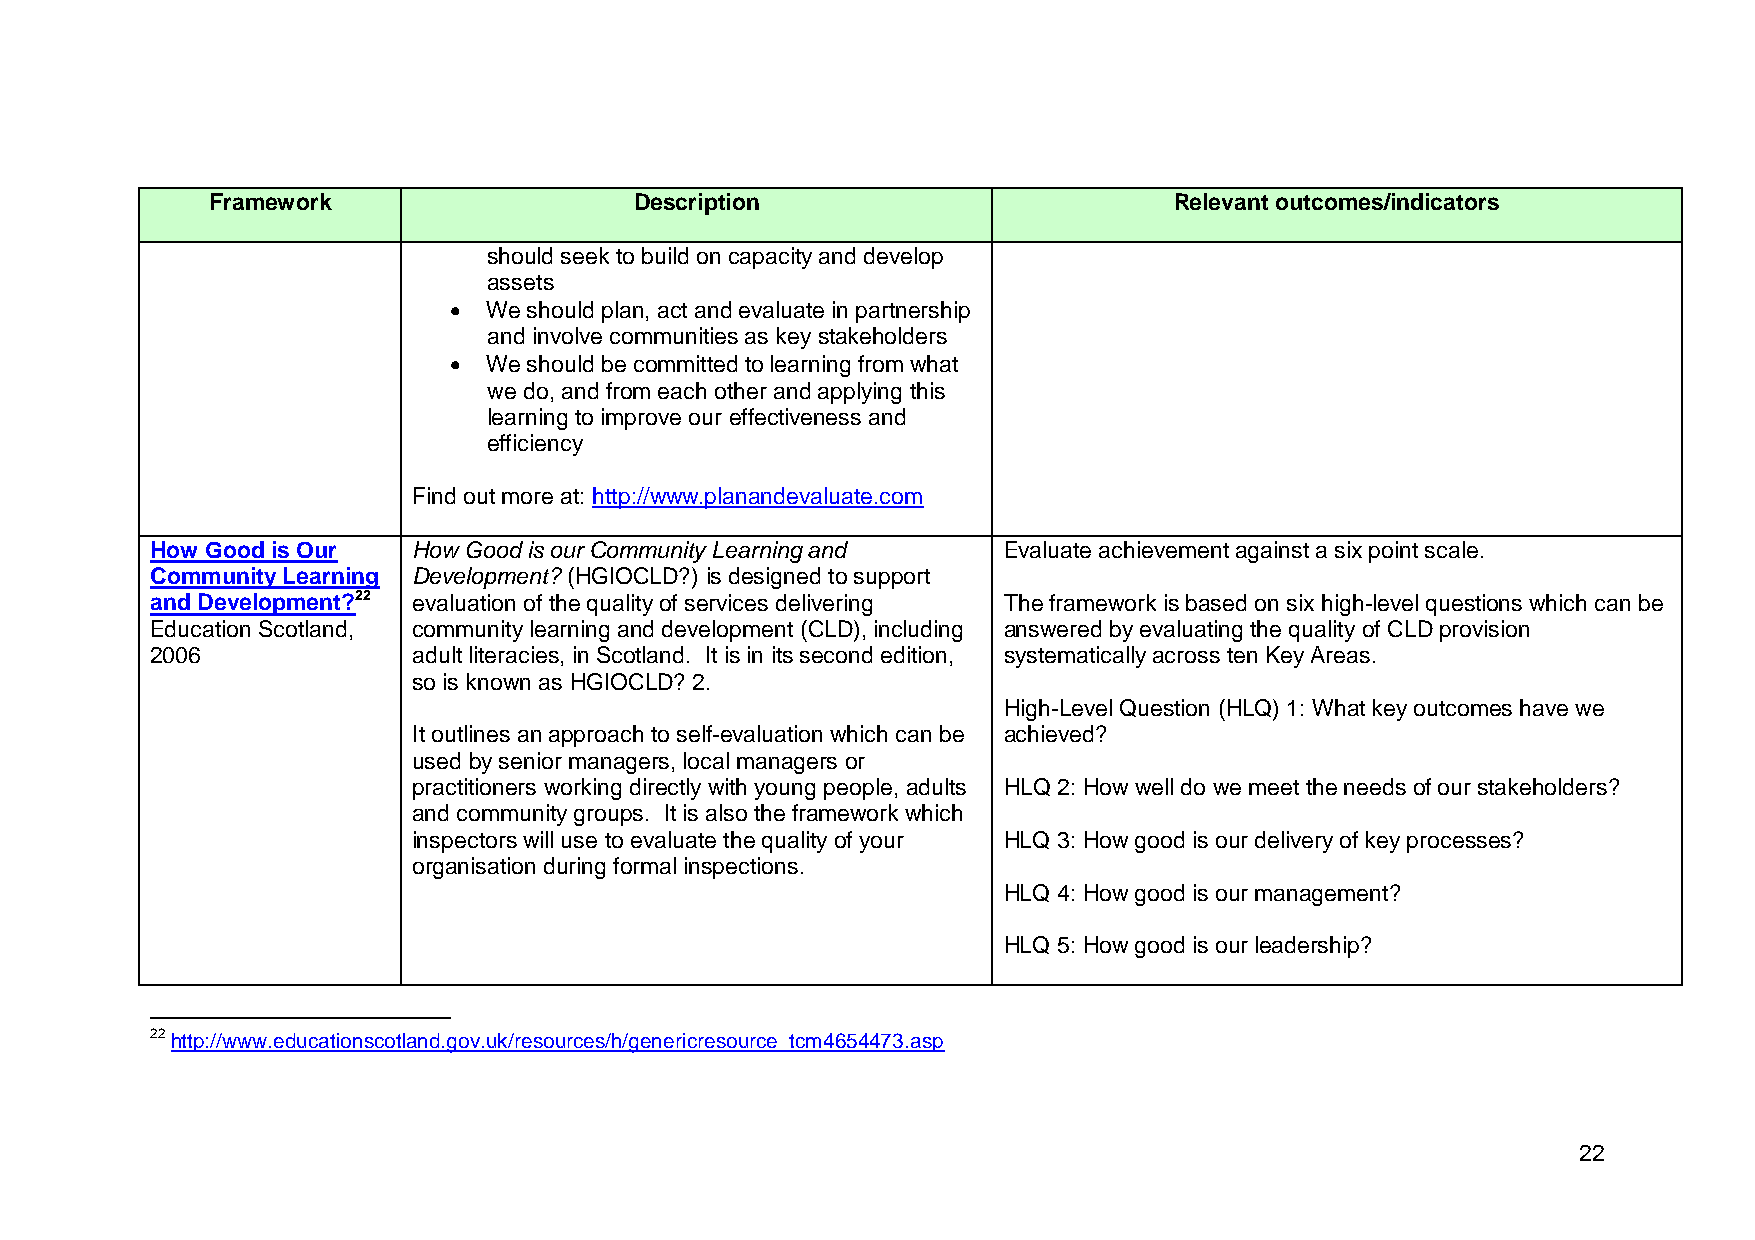
Framework                   Description                         Relevant outcomes/indicators
 should seek to build on capacity and develop
 assets
  We should plan, act and evaluate in partnership
 and involve communities as key stakeholders
  We should be committed to learning from what
 we do, and from each other and applying this
 learning to improve our effectiveness and
 efficiency
 Find out more at: http://www.planandevaluate.com
 How Good is Our  How Good is our Community Learning and Evaluate achievement against a six point scale.
 Community Learning Development? (HGIOCLD?) is designed to support
 and Development?22 evaluation of the quality of services delivering The framework is based on six high-level questions which can be
 Education Scotland, community learning and development (CLD), including answered by evaluating the quality of CLD provision
 2006             adult literacies, in Scotland. It is in its second edition, systematically across ten Key Areas.
 so is known as HGIOCLD? 2.
 High-Level Question (HLQ) 1: What key outcomes have we
 It outlines an approach to self-evaluation which can be achieved?
 used by senior managers, local managers or
 practitioners working directly with young people, adults HLQ 2: How well do we meet the needs of our stakeholders?
 and community groups. It is also the framework which
 inspectors will use to evaluate the quality of your HLQ 3: How good is our delivery of key processes?
 organisation during formal inspections.
 HLQ 4: How good is our management?
 HLQ 5: How good is our leadership?
 22 http://www.educationscotland.gov.uk/resources/h/genericresource_tcm4654473.asp
 22